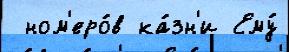
 ном'еро́в ка́зн'и Ему́